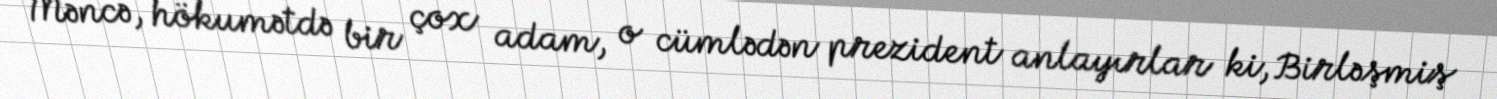
Məncə, hökumətdə bir çox adam, o cümlədən prezident anlayırlar ki, Birləşmiş